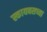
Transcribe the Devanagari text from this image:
स्कायबसच्या